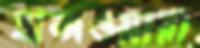
হান্দওয়ারা